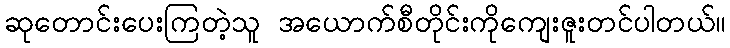
ဆုတောင်းပေးကြတဲ့သူ အယောက်စီတိုင်းကိုကျေးဇူးတင်ပါတယ်။